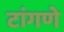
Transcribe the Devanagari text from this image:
टांगणे